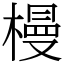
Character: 槾